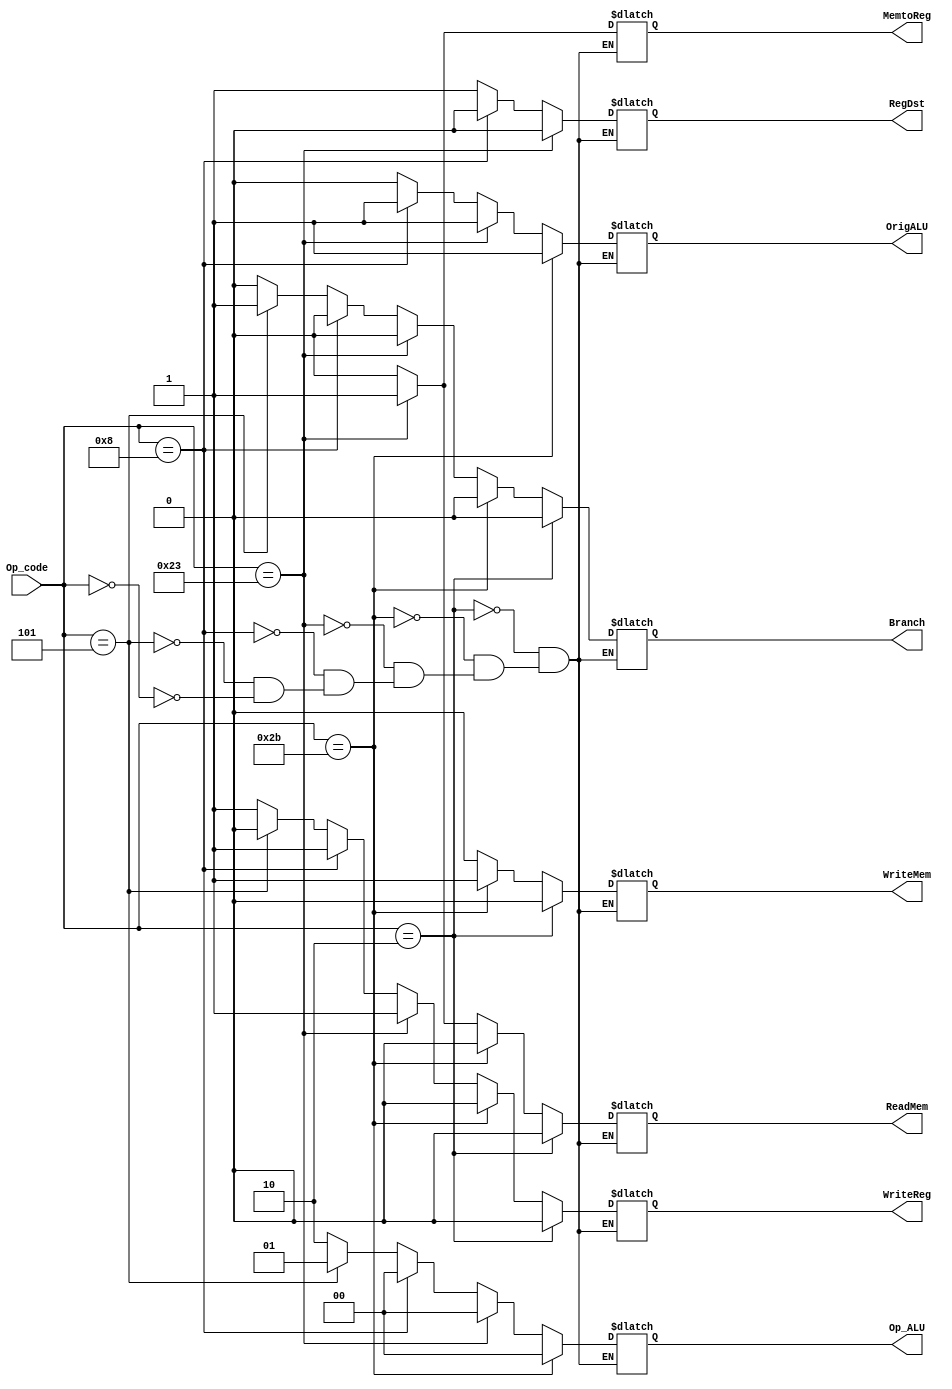
module Controle(Op_code, Op_ALU, RegDst, WriteReg, OrigALU, Branch, ReadMem, WriteMem, MemtoReg);
	input [5:0] Op_code;
	output reg [1:0] Op_ALU;
	output reg RegDst,
			   WriteReg,
			   OrigALU,
			   Branch,
			   ReadMem,
			   WriteMem,
			   MemtoReg;
	always@(Op_code)begin
		if(Op_code == 'b000000)begin //Tipo R
			 Op_ALU = 'b10; RegDst = 1; OrigALU = 0; MemtoReg = 0; WriteReg = 1; ReadMem = 0; WriteMem = 0; Branch = 0;
		end
		if(Op_code == 'b000101)begin //bne
			Op_ALU = 'b01; RegDst = 'bx; OrigALU = 0; MemtoReg = 'bx; WriteReg = 0; ReadMem = 0; WriteMem = 0; Branch = 1;
		end
		if(Op_code == 'b001000)begin //addi
			Op_ALU = 'b00; RegDst = 0; OrigALU = 1; MemtoReg = 0; WriteReg = 1; ReadMem = 0; WriteMem = 0; Branch = 0; 
		end
		if(Op_code == 'b100011)begin	//lw
			Op_ALU = 'b00; RegDst = 0; OrigALU = 1; MemtoReg = 1; WriteReg = 1; ReadMem = 1; WriteMem = 0; Branch = 0; 
		end
		if(Op_code == 'b101011)begin	//sw
			Op_ALU = 'b00; RegDst = 'bx; OrigALU = 1; MemtoReg = 'bx; WriteReg = 0; ReadMem = 0; WriteMem = 1; Branch = 0;
		end
		if(Op_code == 'b000010)begin	//jump
			Op_ALU = 'bxx; RegDst = 'bx; OrigALU = 'bx; MemtoReg = 'bx; WriteReg = 0; ReadMem = 0; WriteMem = 0; Branch = 0;
		end
	end
endmodule